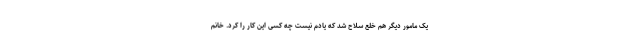
یک مامور دیگر هم خلع سلاح شد که یادم نیست چه کسی این کار را کرد. خانم